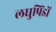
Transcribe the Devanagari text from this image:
लघुपिंडों